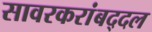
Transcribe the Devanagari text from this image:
सावरकरांबद्दल